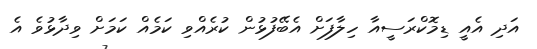
އަދި އެއީ ޑިމޮކްރަސީއާ ހިލާފަށް އެބޭފުޅުން ކުރެއްވި ކަމެއް ކަމަށް ވިދާޅުވެ އެ